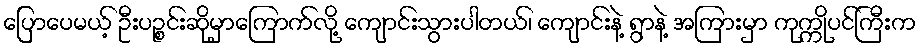
ပြောပေမယ့် ဦးပဉ္စင်းဆိုမှာကြောက်လို့ ကျောင်းသွားပါတယ်၊ ကျောင်းနဲ့ ရွာနဲ့ အကြားမှာ ကုက္ကိုပင်ကြီးက